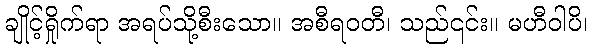
ချိုင့်ရှိုက်ရာ အရပ်သို့စီးသော။ အစီရဝတီ၊ သည်၎င်း။ မဟီဝါပိ၊